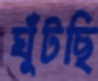
ঘুঁটছি